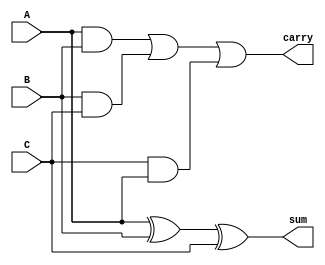
module carry_save_adder (
    input [N-1:0] A, // Operand A
    input [N-1:0] B, // Operand B
    input [N-1:0] C, // Operand C
    output [N-1:0] sum, // Partial Sum Output
    output [N-1:0] carry // Carry Output
);
    parameter N = 8; // Bit width

    // Partial Sum and Carry Generation
    assign sum = A ^ B ^ C; // XOR for partial sum
    assign carry = (A & B) | (B & C) | (C & A); // AND/OR for carry

endmodule